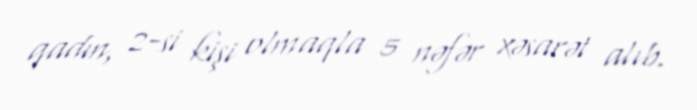
qadın, 2-si kişi olmaqla 5 nəfər xəsarət alıb.